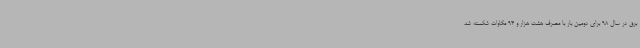
برق در سال 98 برای دومین بار با مصرف هشت هزار و 94 مگاوات شکسته شد